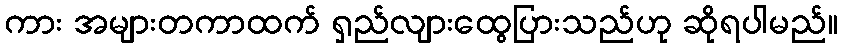
ကား အများတကာထက် ရှည်လျားထွေပြားသည်ဟု ဆိုရပါမည်။